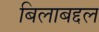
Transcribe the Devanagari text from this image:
बिलाबद्दल